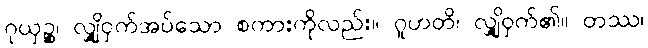
ဂုယှဉ္စ၊ လျှို့ဝှက်အပ်သော စကားကိုလည်း။ ဂူဟတိ၊ လျှို့ဝှက်၏။ တဿ၊